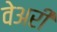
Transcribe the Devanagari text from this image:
वेअरी